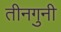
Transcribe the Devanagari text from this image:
तीनगुनी